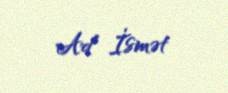
Ad İsmət